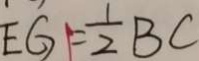
E G = \frac { 1 } { 2 } B C